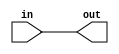
module lvcmos_buffer (
    input wire in,
    output reg out
);

always @ (*) begin
    out <= in;
end

endmodule